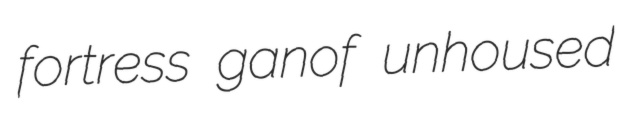
fortress ganof unhoused